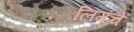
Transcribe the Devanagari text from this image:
लिगंचे